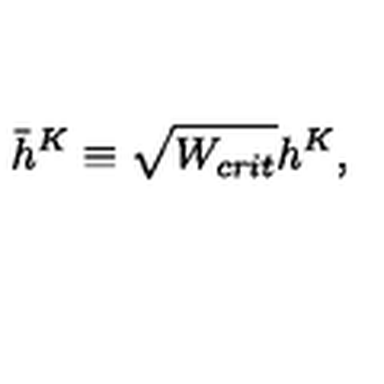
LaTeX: \bar { h } ^ { K } \equiv \sqrt { W _ { c r i t } } h ^ { K } ,